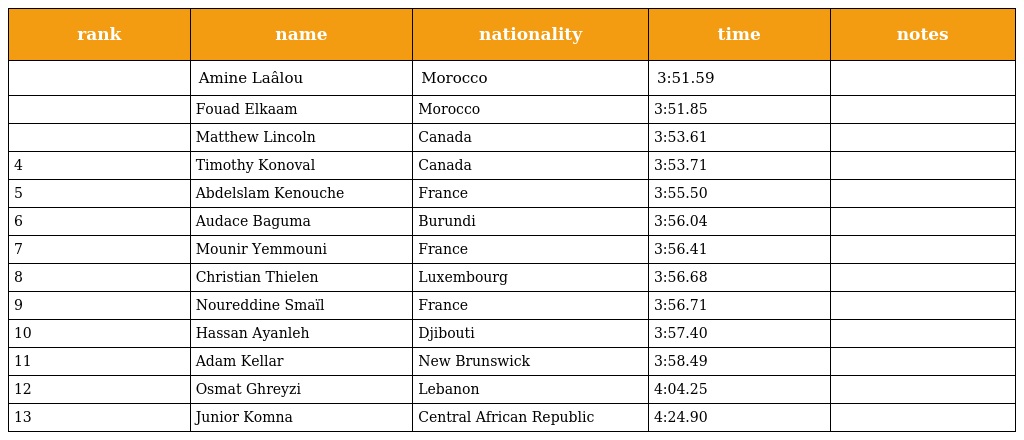
| rank | name | nationality | time | notes |
 | --- | --- | --- | --- | --- |
 |  | Amine Laâlou | Morocco | 3:51.59 |  |
 |  | Fouad Elkaam | Morocco | 3:51.85 |  |
 |  | Matthew Lincoln | Canada | 3:53.61 |  |
 | 4 | Timothy Konoval | Canada | 3:53.71 |  |
 | 5 | Abdelslam Kenouche | France | 3:55.50 |  |
 | 6 | Audace Baguma | Burundi | 3:56.04 |  |
 | 7 | Mounir Yemmouni | France | 3:56.41 |  |
 | 8 | Christian Thielen | Luxembourg | 3:56.68 |  |
 | 9 | Noureddine Smaïl | France | 3:56.71 |  |
 | 10 | Hassan Ayanleh | Djibouti | 3:57.40 |  |
 | 11 | Adam Kellar | New Brunswick | 3:58.49 |  |
 | 12 | Osmat Ghreyzi | Lebanon | 4:04.25 |  |
 | 13 | Junior Komna | Central African Republic | 4:24.90 |  |